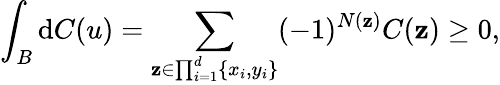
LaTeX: \int_{B}\mathrm{d}C(u)=\sum_{\mathbf{z}\in\prod_{i=1}^{d}\{ x_{i},y_{i}\} }(-1)^{N(\mathbf{z})}C(\mathbf{z})\geq 0,